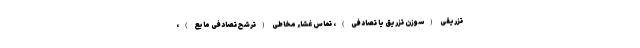
تزریقی (سوزن تزریق یا تصادفی)، تماس غشاء مخاطی (ترشح تصادفی مایع)،